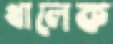
খালেক